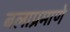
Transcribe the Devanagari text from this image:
बलाप्रमाणे